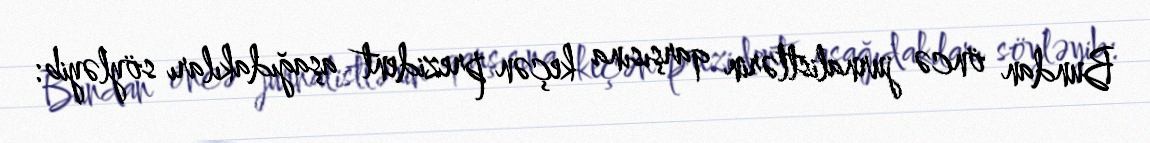
Bundan öncə jurnalistlərin qarşısına keçən prezident aşağıdakıları söyləyib: